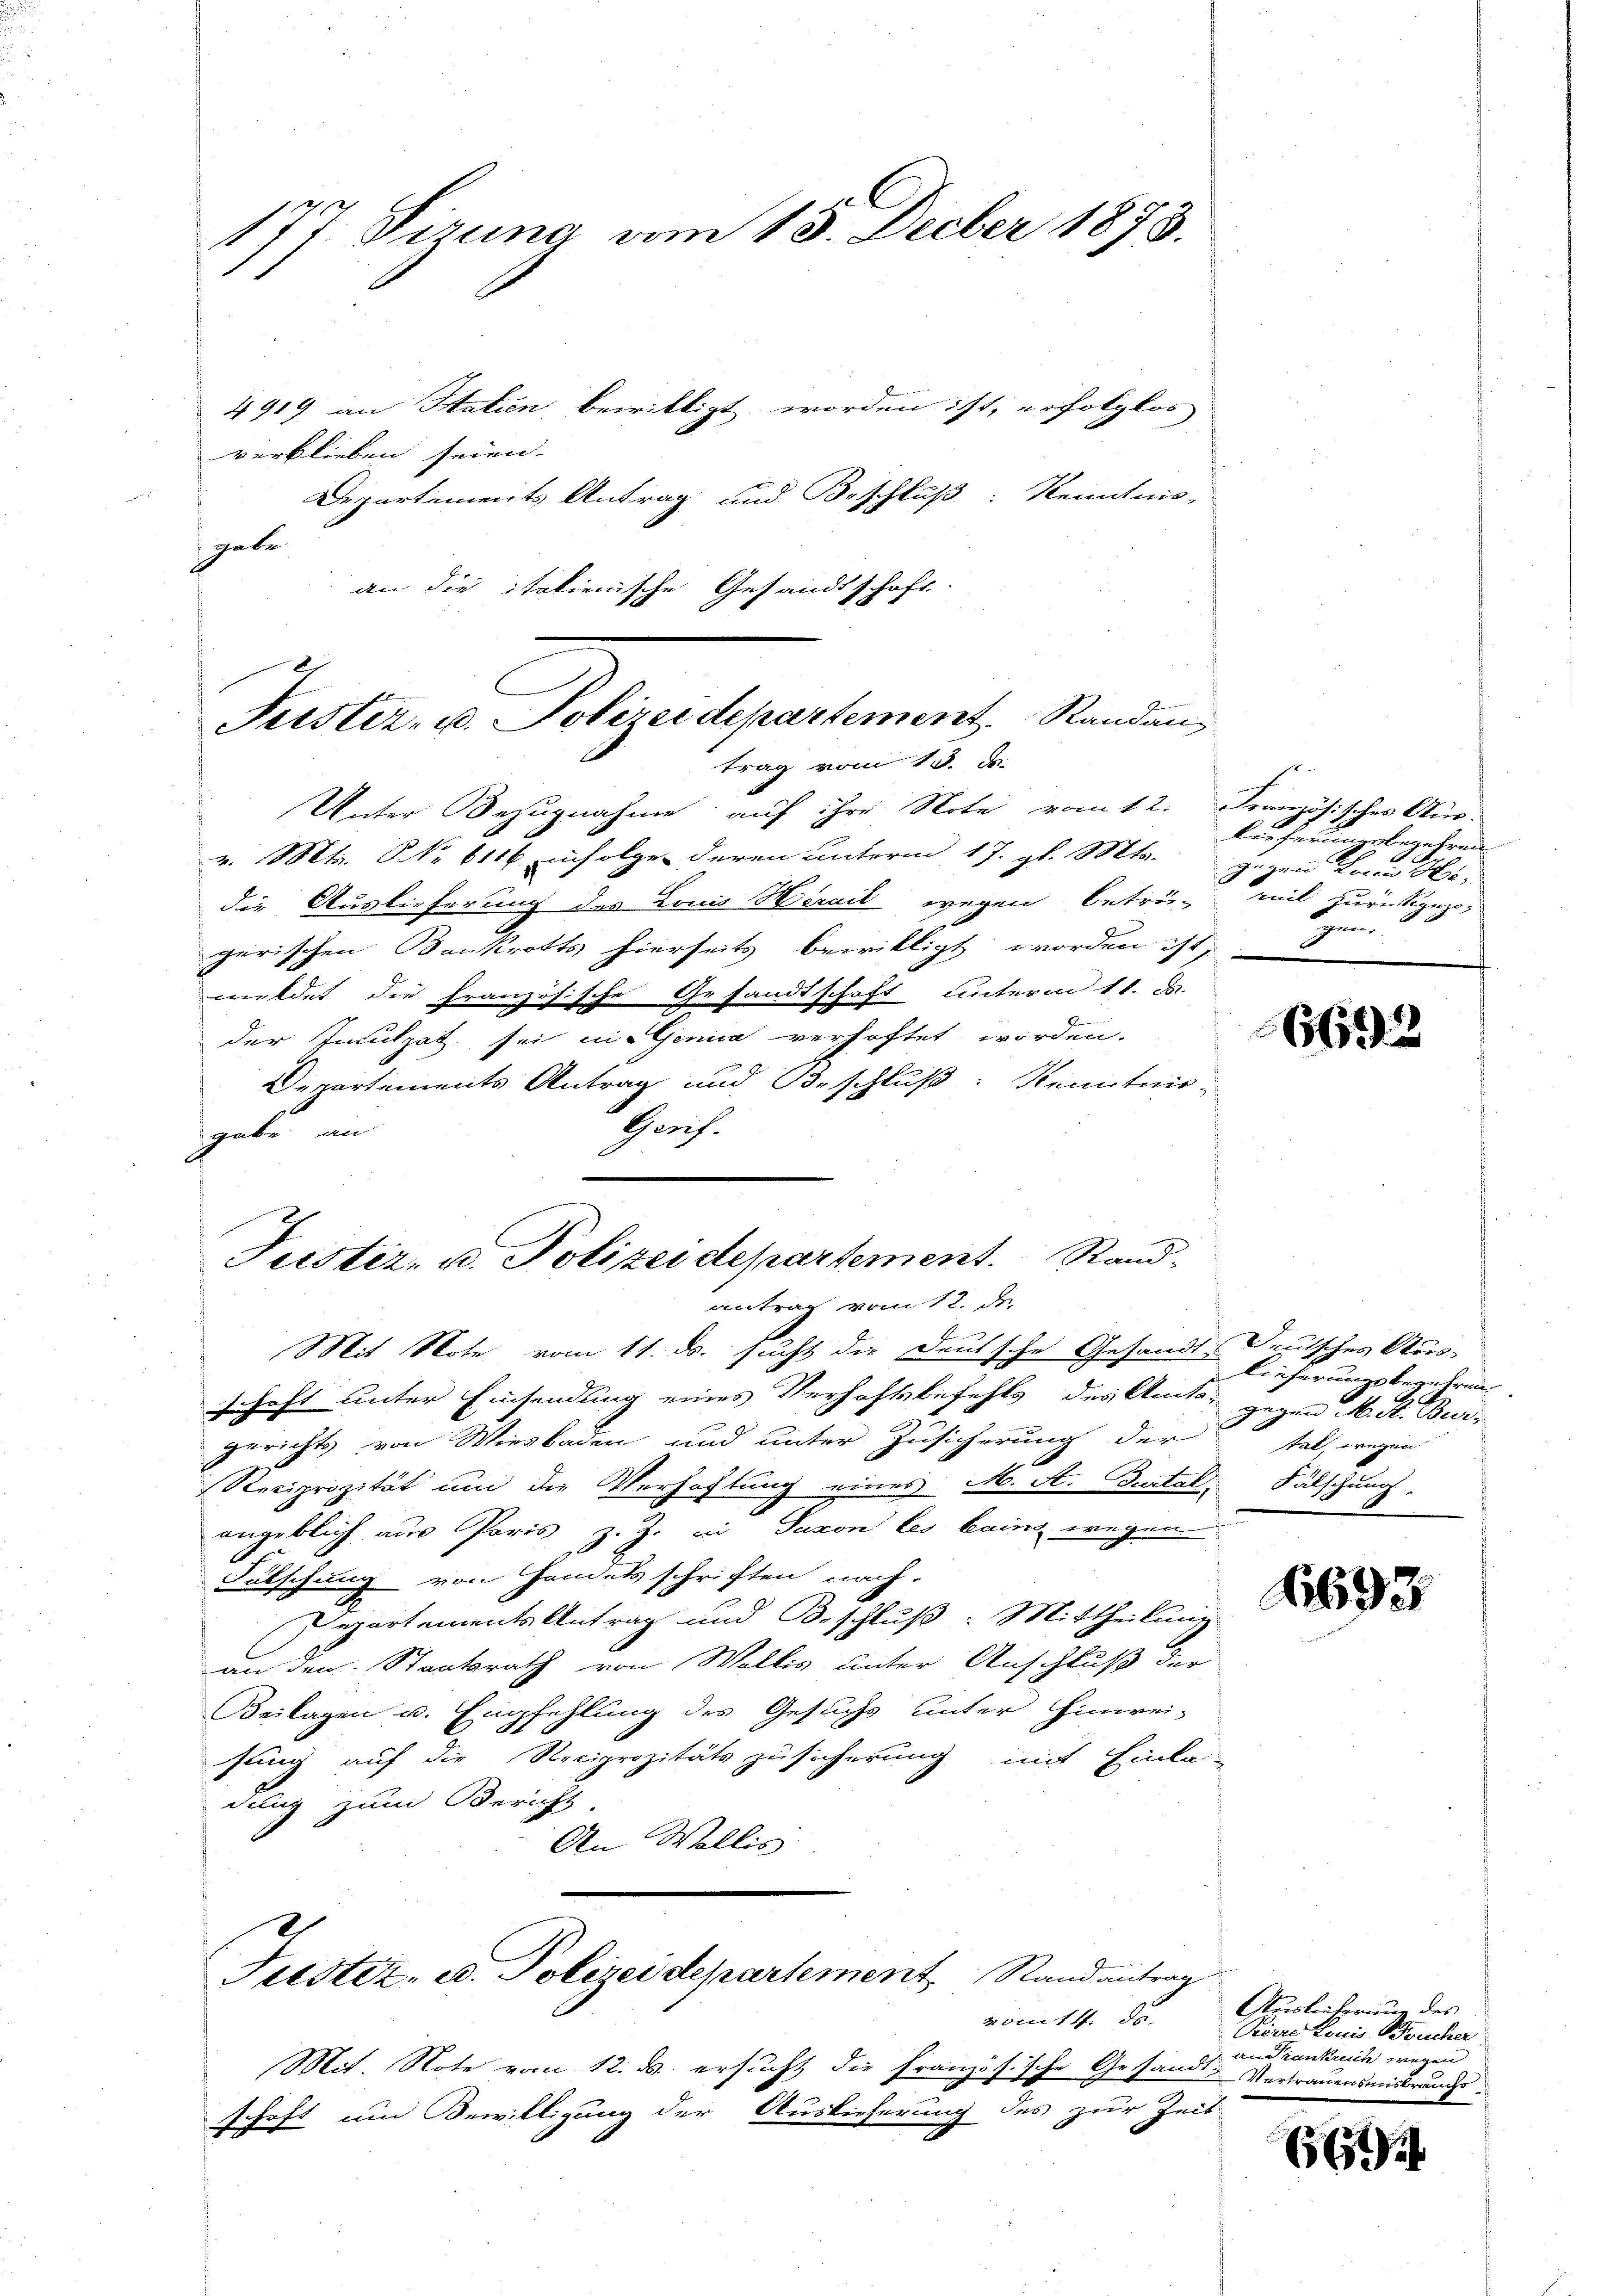
177. Pirung vom 18. Decber 1873.
1.
4919 an Hatien bewilligt worden ist, erfolglos
verblieben seien.

Departements Antrag und Beschluß: Kenntnis,
gabe
an die italienische Gesandtschaft.

Feister- u. Polizeidepartement. Randan
trag vom 13. de

Unter Bezugnahme auf ihre Note vom 12. Französisches Aus-
v. Mts. NNo. 6116 infolge deren unterm 17. gl. Mts.
die Auslieferung des Louis Herail wegen betrü-
gerischen Bankrotts hierseits bewilligt worden ist,
meldet die französische Gesandtschaft unterm 11. J.
der Inculpat sei in Genica verhaftet worden.
Departements Antrag und Beschluß: Kenntnis-
Chaus.
gabe an
schaft unter Einsendung eines Verhaftsbefehls des Amts, gegen M. A. Burgerichts von Wiesbaden und unter Zusicherung der
Reciprozität um die Verhaftung eines M. A. Burtal, Fälschung
angeblich aus Paris z. Z. an Saxon les beim wegen
Fälschung von Handels schriften nach-
Departements Antrag und Beschluß: Mittheilung
an den Staatsrath von Wallis unter Anschluß der
Beilagen u. Empfehlung des Gesuchs unter Hinwei-
sung auf die Reciprozitätszusicherung mit Einla-
dung zum Bericht.
An Wallis
Justiz- u. Polizeidepartement Stand antrag
Mit. Note vom 12. M. ersucht die Französische Gesandt-Vertrauensmitterungs
schaft um Bewilligung der Auslieferung des zur Zeit

Justiz- u. Polizei departement. Sandantrag vom 12. de
Mit Note vom 11. ds. sucht die Deutsche Gesandt-Deutsches Aus-

se
ber herungsbegehren.
gegen Frau beweil zurückgezo¬
He

E

6693

Lieferungsbegehren
tal, wegen

11693

vom 14. ds. Auslieferung des
Peirre Louis Frischer
an Krankreich

66